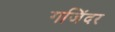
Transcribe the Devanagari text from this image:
गजिंदर